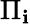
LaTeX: \Pi_{\mathbf{i}}